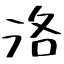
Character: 洛